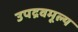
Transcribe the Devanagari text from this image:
उपद्रवमूल्य